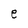
Character: e